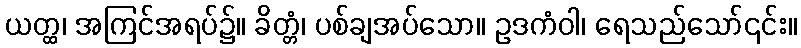
ယတ္ထ၊ အကြင်အရပ်၌။ ခိတ္တံ၊ ပစ်ချအပ်သော။ ဥဒကံဝါ၊ ရေသည်သော်၎င်း။